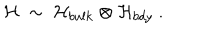
LaTeX: { \cal H } ~ \sim ~ { \cal H } _ { b u l k } \otimes { \cal H } _ { b d y } ~ .